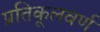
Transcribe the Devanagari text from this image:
प्रतिकूलवर्ण